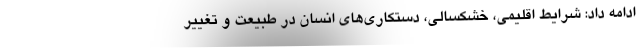
ادامه داد: شرایط اقلیمی، خشکسالی، دستکاری‌های انسان در طبیعت و تغییر